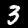
Digit: 3